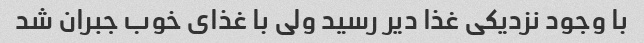
با وجود نزدیکی غذا دیر رسید ولی با غذای خوب جبران شد